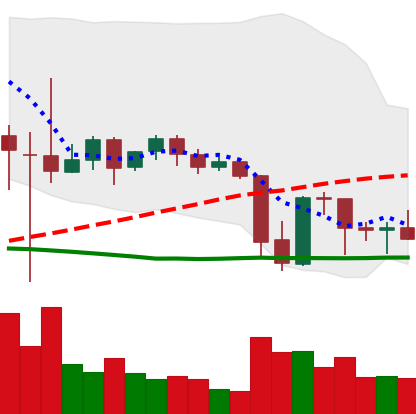
Ticker: XRP-USD
Chart end date: 2021-09-27
Forward return: 12.449%
Label: up_7plus